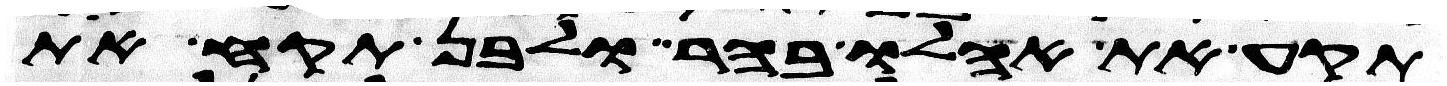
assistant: תקע את אהלו בהר ולבן תקע את